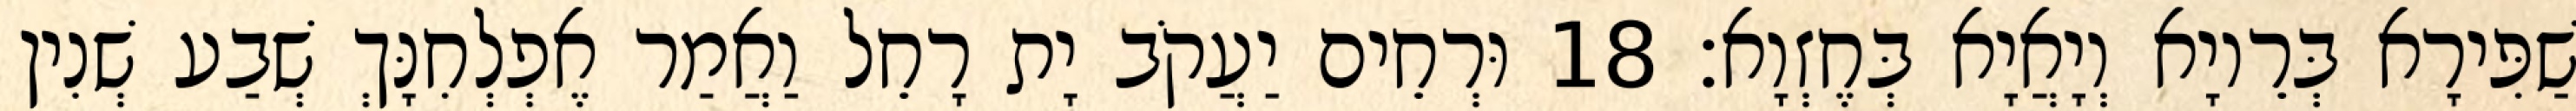
שַׁפִּירָא בְּרֵיוָא וְיָאֲיָא בְּחֶזְוָא׃ 18 וּרְחֵים יַעֲקֹב יָת רָחֵל וַאֲמַר אֶפְלְחִנָּךְ שְׁבַע שְׁנִין